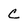
Character: C